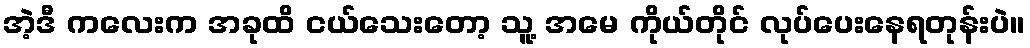
အဲ့ဒီ ကလေးက အခုထိ ငယ်သေးတော့ သူ့ အမေ ကိုယ်တိုင် လုပ်ပေးနေရတုန်းပဲ။